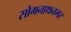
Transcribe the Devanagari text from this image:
सोमनाथनगर